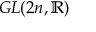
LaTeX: G L ( 2 n , \mathbb { R } )